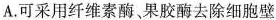
A.可采用纤维素酶、果胶酶去除细胞壁